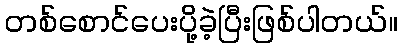
တစ်စောင်ပေးပို့ခဲ့ပြီးဖြစ်ပါတယ်။